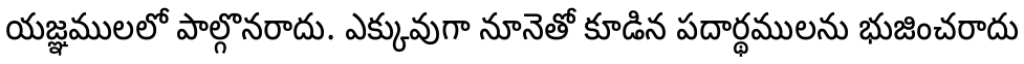
యజ్ఞములలో పాల్గొనరాదు. ఎక్కువుగా నూనెతో కూడిన పదార్థములను భుజించరాదు